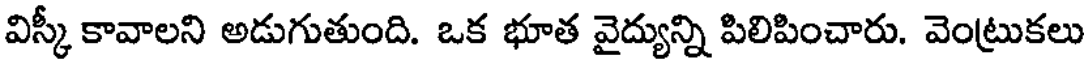
విస్కీ కావాలని అడుగుతుంది. ఒక భూత వైద్యున్ని పిలిపించారు. వెంట్రుకలు